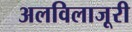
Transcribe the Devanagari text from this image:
अलविलाजूरी